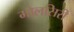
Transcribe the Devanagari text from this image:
मोलसिरी